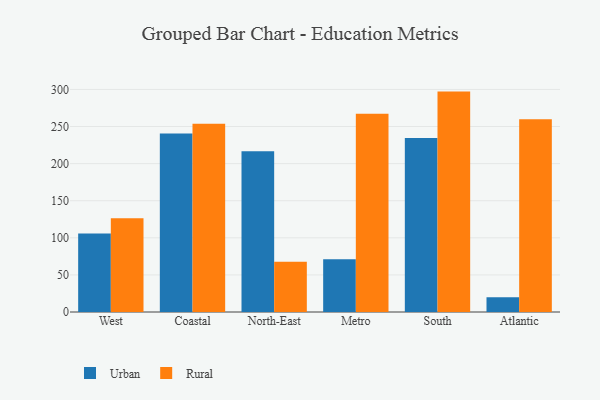
{"axis": {"x": "Region", "y": "Active Users"}, "legend": ["Rural", "Urban"], "data": [{"x": "West", "y": 105.8, "type": "Urban"}, {"x": "West", "y": 126.4, "type": "Rural"}, {"x": "Coastal", "y": 240.5, "type": "Urban"}, {"x": "Coastal", "y": 253.7, "type": "Rural"}, {"x": "North-East", "y": 216.6, "type": "Urban"}, {"x": "North-East", "y": 67.6, "type": "Rural"}, {"x": "Metro", "y": 71.2, "type": "Urban"}, {"x": "Metro", "y": 267.1, "type": "Rural"}, {"x": "South", "y": 234.7, "type": "Urban"}, {"x": "South", "y": 297.1, "type": "Rural"}, {"x": "Atlantic", "y": 19.8, "type": "Urban"}, {"x": "Atlantic", "y": 259.9, "type": "Rural"}]}